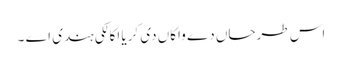
اس طرحاں دے واکاں دی کریا اکالکی ہندی اے ۔